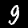
Label: 9